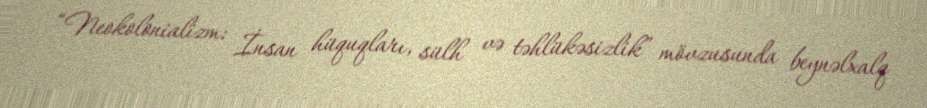
“Neokolonializm: İnsan hüquqları, sülh və təhlükəsizlik” mövzusunda beynəlxalq